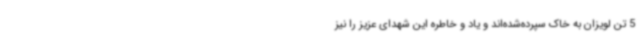
5 تن لویزان به خاک سپرده‌شده‌اند و یاد و خاطره این شهدای عزیز را نیز